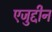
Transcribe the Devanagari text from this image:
एजुद्दीन